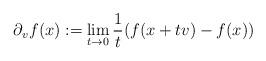
LaTeX: \begin{align*}\partial_v f(x):=\lim_{t \to 0} \frac{1}{t}(f(x+tv) -f(x))\end{align*}